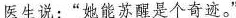
医生说：“她能苏醒是个奇迹。”